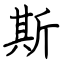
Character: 斯